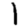
Digit: 1